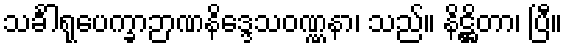
သင်္ခါရုပေက္ခာဉာဏနိဒ္ဒေသဝဏ္ဏနာ၊ သည်။ နိဋ္ဌိတာ၊ ပြီ။